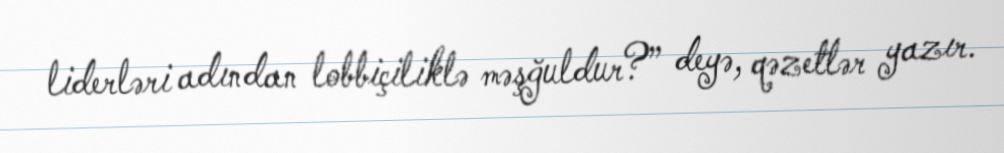
liderləri adından lobbiçiliklə məşğuldur?” deyə, qəzetlər yazır.